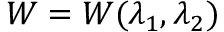
W = W ( \lambda _ { 1 } , \lambda _ { 2 } )